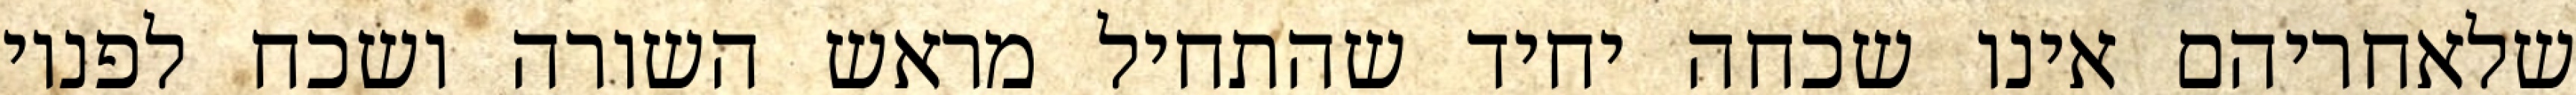
שלאחריהם אינו שכחה יחיד שהתחיל מראש השורה ושכח לפניו